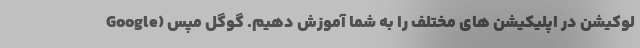
لوکیشن در اپلیکیشن های مختلف را به شما آموزش دهیم. گوگل مپس (Google